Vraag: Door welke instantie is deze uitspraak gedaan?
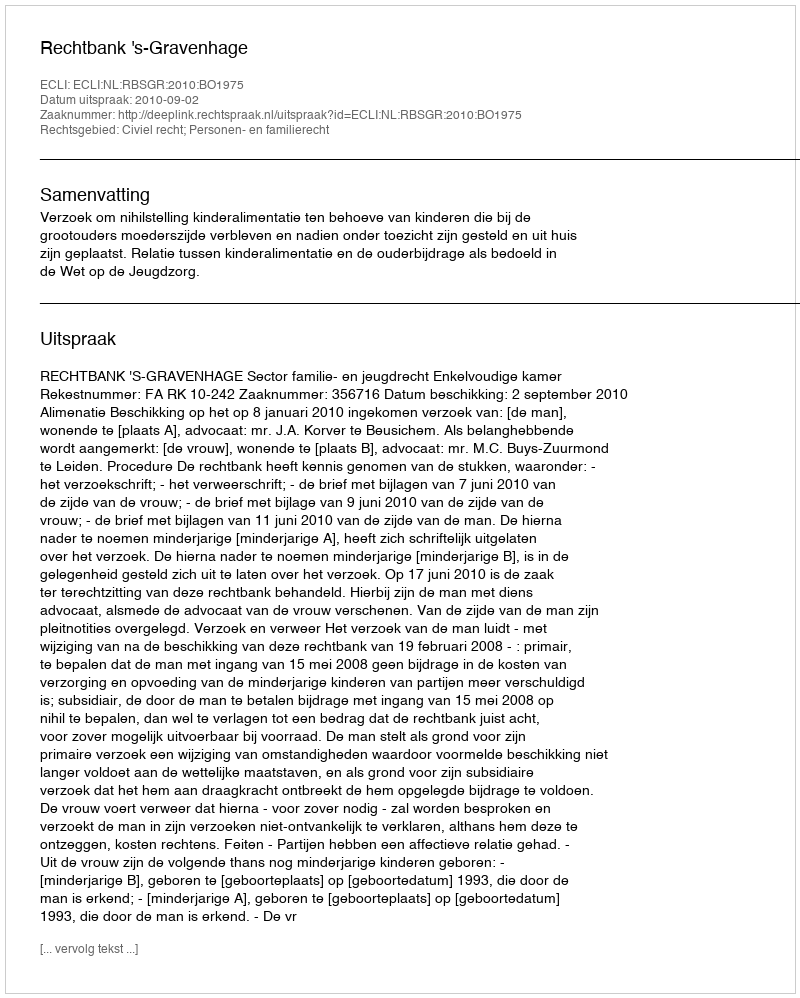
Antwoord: Rechtbank 's-Gravenhage